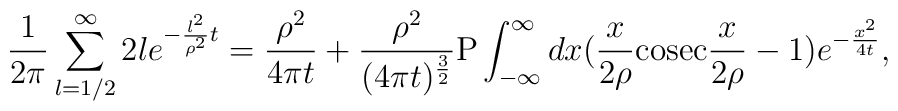
{1 \over 2\pi}\sum_{l=1/2}^{\infty}2le^{-{l^{2} \over \rho^{2}}t}={\rho^{2} \over 4\pi t}+{\rho^{2} \over (4\pi t)^{3 \over 2}}{\rm P}\int_{-\infty}^{\infty}dx({x \over 2\rho}{\rm cosec}{x \over 2\rho}-1)e^{-{x^{2} \over 4t}},